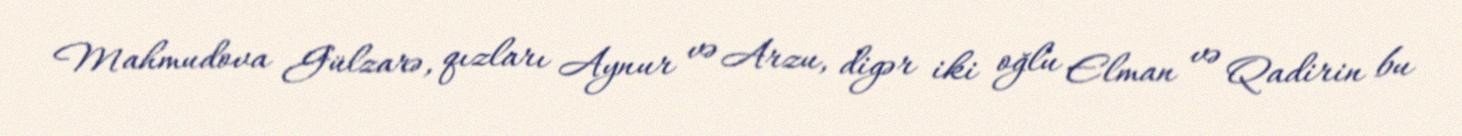
Mahmudova Gülzarə, qızları Aynur və Arzu, digər iki oğlu Elman və Qadirin bu